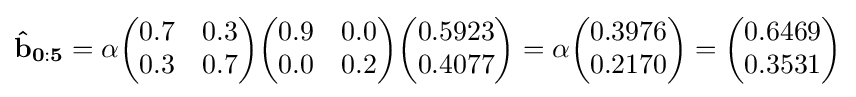
\mathbf {{\hat {b}}_{0:5}} =\alpha {\begin{pmatrix}0.7&0.3\\0.3&0.7\end{pmatrix}}{\begin{pmatrix}0.9&0.0\\0.0&0.2\end{pmatrix}}{\begin{pmatrix}0.5923\\0.4077\end{pmatrix}}=\alpha {\begin{pmatrix}0.3976\\0.2170\end{pmatrix}}={\begin{pmatrix}0.6469\\0.3531\end{pmatrix}}